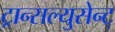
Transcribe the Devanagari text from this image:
ट्रान्सल्युसेन्ट्